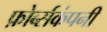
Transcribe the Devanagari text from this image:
फ़ोर्ब्सकंपनी